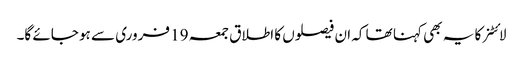
لائٹنر کا یہ بھی کہنا تھا کہ ان فیصلوں کا اطلاق جمعہ 19 فروری سے ہو جائے گا۔